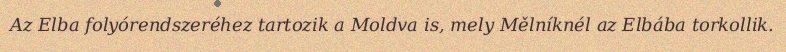
Az Elba folyórendszeréhez tartozik a Moldva is, mely Mělníknél az Elbába torkollik.